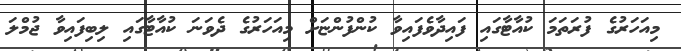
މިއަހަރުގެ ފުރަތަމަ ކުއާޓާގައި ފައިދާވެފައިވާ ކުންފުންޏަށް މިއަހަރުގެ ދެވަނަ ކުއާޓާގައި ލިބިފައިވާ ޖުމްލަ